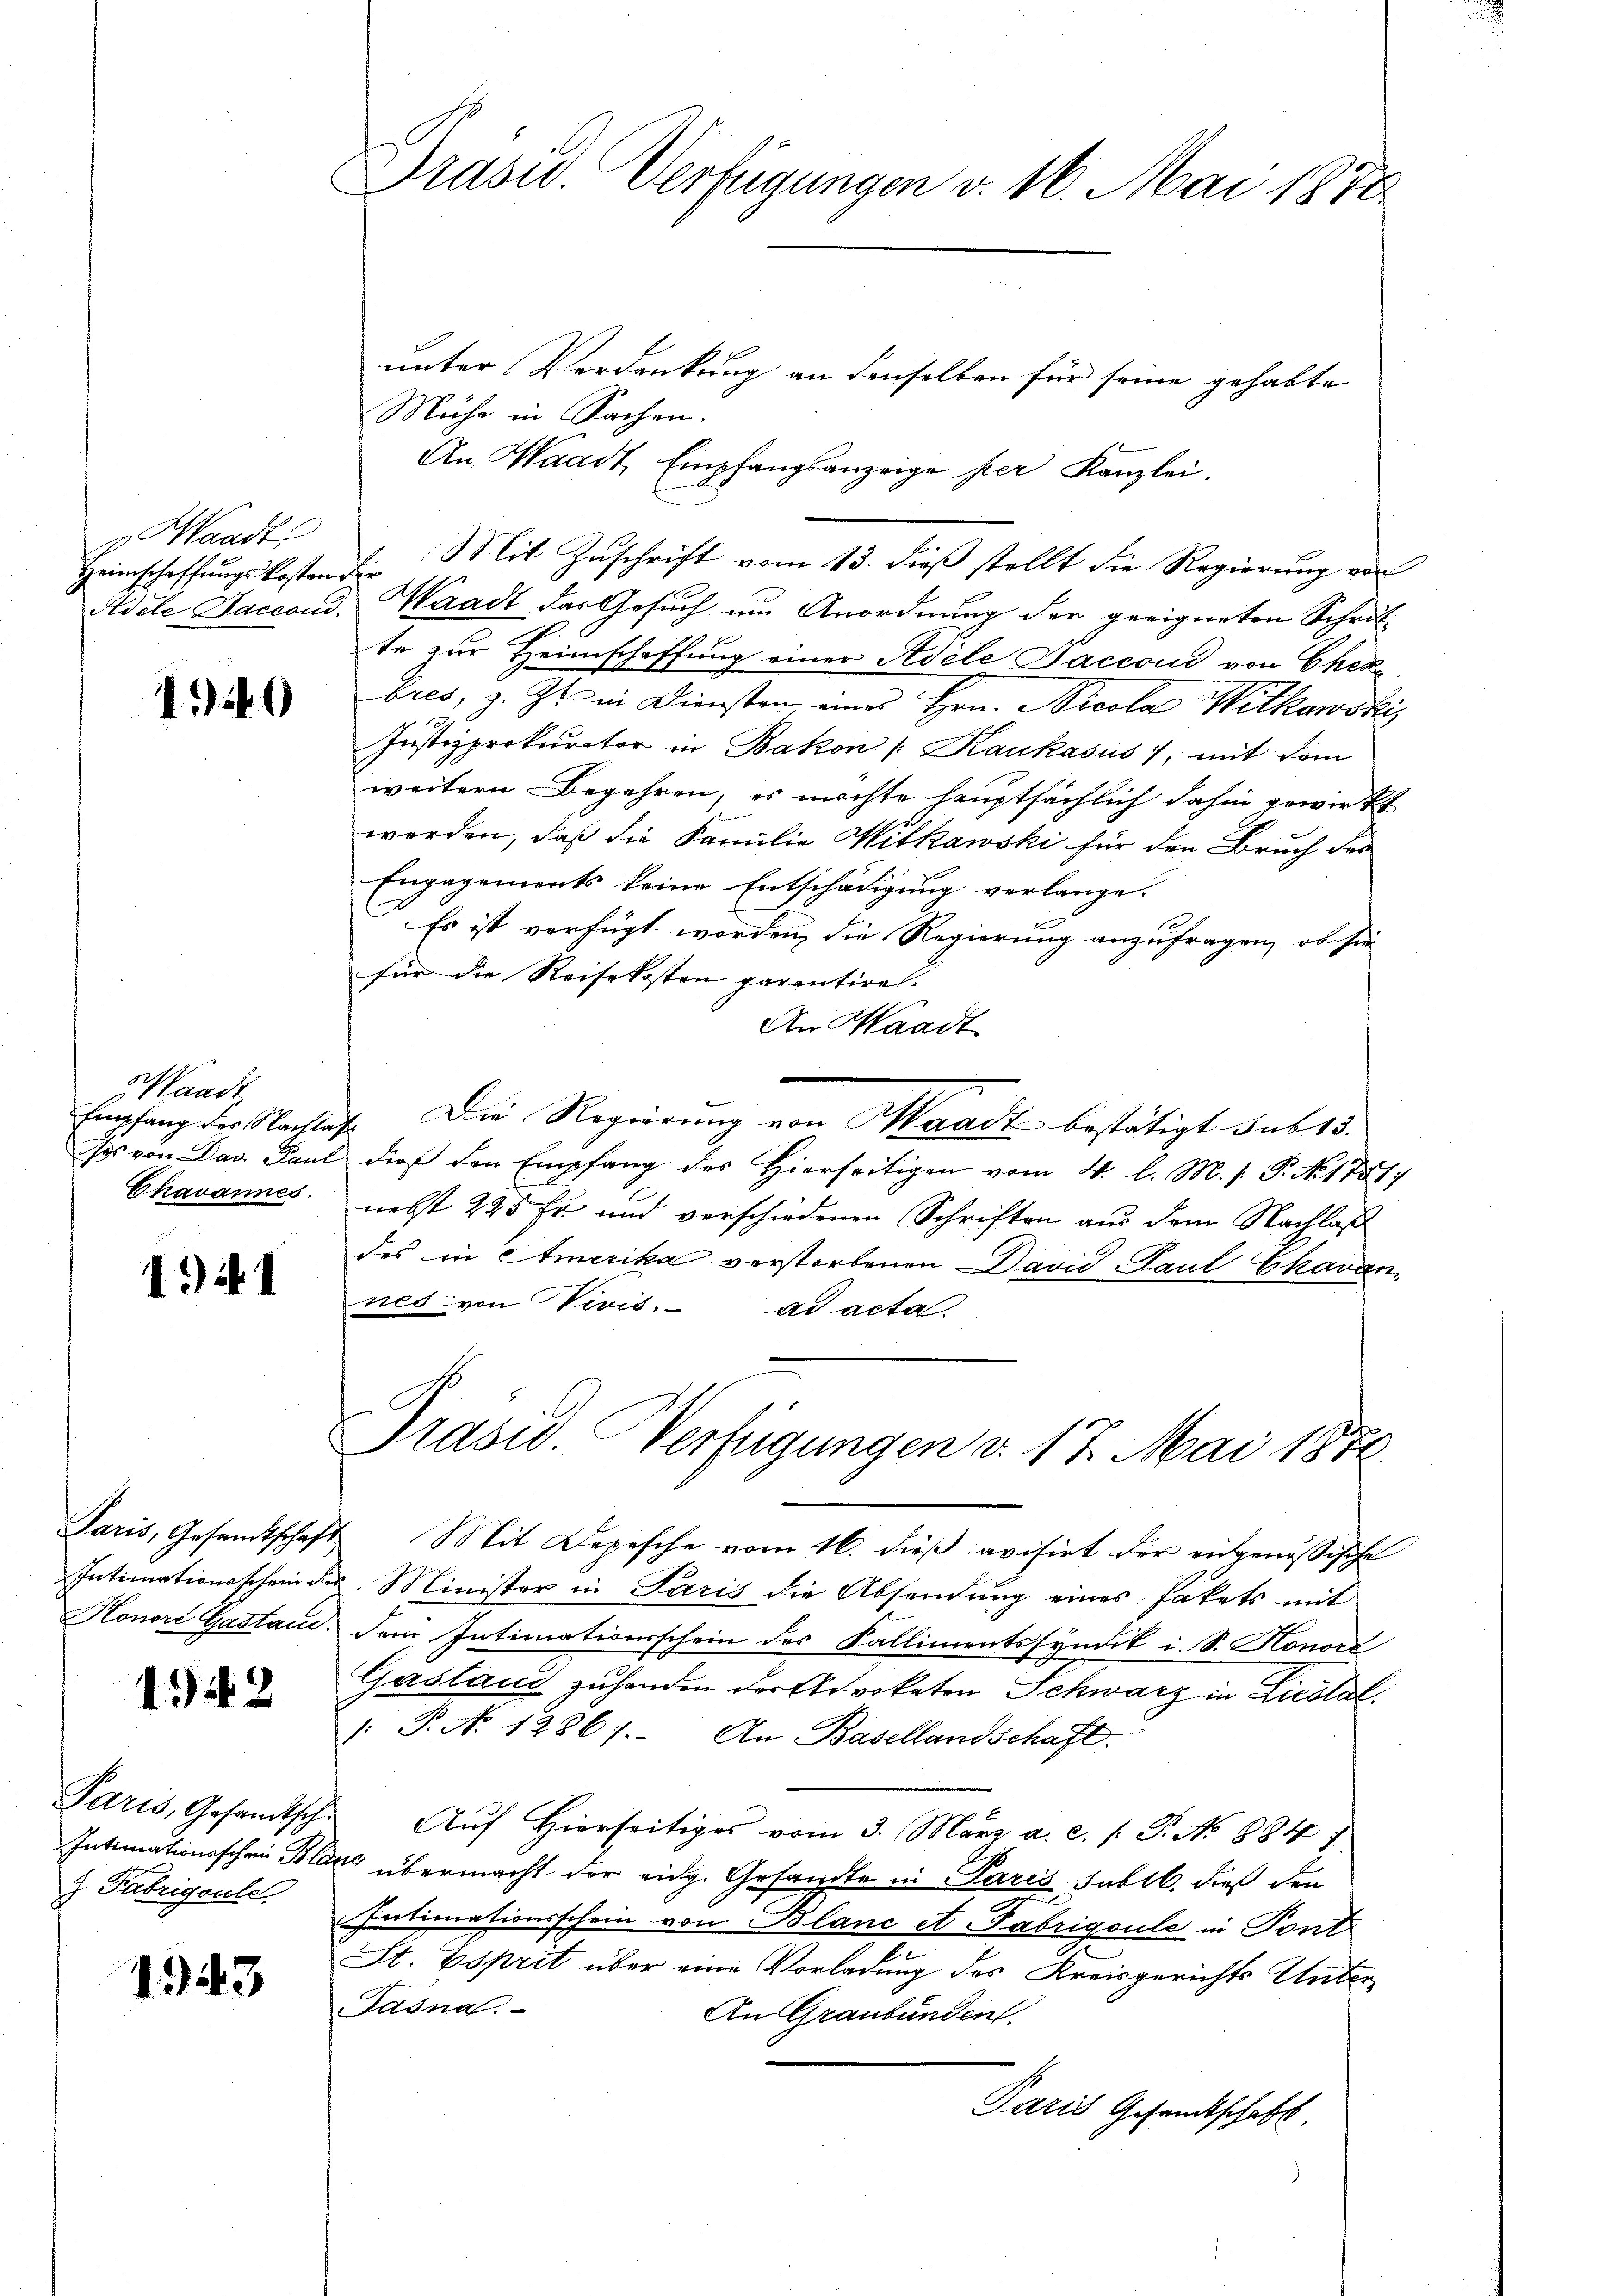
v Waadt,
Heimschaffungskosten der

1940

Haadi
Chavannes.

1 Nr. 1

1942

J Fabrigould.

1943

Präsid. Verfügungen v. 16. Mai 1878.

unter Verdankung an denselben für seine gehabte
Mühe in Sachen.
An, Waadt, Empfangsanzeige per Kanzlei.
Mit Zuschrift vom 13. dieß stellt die Regierung von
Adele Jaccord. Waadt das Gesuch um Anordnung der geeigneten Schritte zur Heimschaffung einer Adele Saccoud von Cher
bres, z. Zt. in Diensten eines Hrn. Nicola Witkowski,
Justizprokurator in Bakon (: Kaukasus 7, mit dem
weitern Begehren, es möchte hauptsächlich dahin gewirkt
werden, daß die Familie Mitkowski für den Bruch des
Engagements keine Entschädigung verlange.
Es ist verfügt worden, die Regierung anzufragen, ob sie
für die Reisekosten parentiret.
An Waadt
Empfang der Nachlaf. Die Regierung von Waadt bestätigt sub 15.
ses von Das Paul dieß den Empfang des Hierseitigen vom 4. l. M. h. T. N. 1781
nebst 225 fr. und verschiedenen Schriften aus dem Nachlaß
des in Amerika verstorbenen Davić-Taut Ekavan
nes von Vivić. ad acta.
Präsid. Verfügungen v. 17. Mai 1858.
Paris, Gesandtschaft Mit Depesche vom 16. dieβ avisirt der eidgenössische
Intimationsschein des Minister in Paris die Absendung eines Pakets mit
Honori Gastand. Dem Intimationsschein des Kallimentssyndik i. S. Honor
Gastand zuhanden der Advokaten Schwarz in Liestal.
: P. N. 1286). An Basellandschaft.
Paris, Gesandtsche Aŭf Hierseitiges vom 3. März a. c. s. S. No 884)
Intimationsschein Blatte übermacht der eidg. Gesandte in Paris Subll. dieß den
Intimationsschein von Blanc et. Fabrigoule in Pont
St. Esprit über eine Vorladung des Kreisgerichts Unter¬
Paona.
An Graubünden.
Paris Gesandtschaft